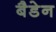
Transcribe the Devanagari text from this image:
बैडेन